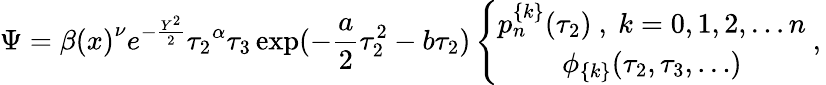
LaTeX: \Psi={\beta(x)}^{\nu}e^{-\frac{Y^{2}}{2}}{\tau_{2}}^{\alpha}\tau_{3}\exp(-\frac{a}{2}\tau_{2}^{2}-b\tau_{2})\left\{ \begin{array}{c}{{p_{n}^{\{ k\} }(\tau_{2})\ ,\ k=0,1,2,\ldots n}}\\ {{\phi_{\{ k\} }(\tau_{2},\tau_{3},\ldots)}}\end{array}\ ,\right.